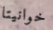
خوانيتا